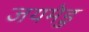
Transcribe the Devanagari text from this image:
जयमेडु